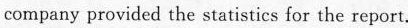
company provided the statistics for the report.